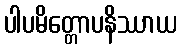
ပါပမိတ္တောပနိဿာယ